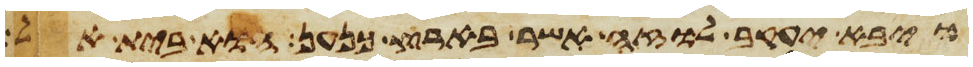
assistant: ויבא יעקב לוזה אשר בארץ כנען הוא בית אל